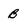
Character: B